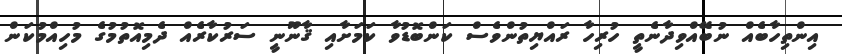
އިންތިހާބެއް ނުބޭއްވިދާނެތީ ހުރިހާ ރައްޔިތުންވެސް ކަންބޮޑުވާ ކަމަށާއި ޤާނޫނީ ސަރުކާރެއް ދެމިއޮތުމުގެ މުހިއްމުކަން